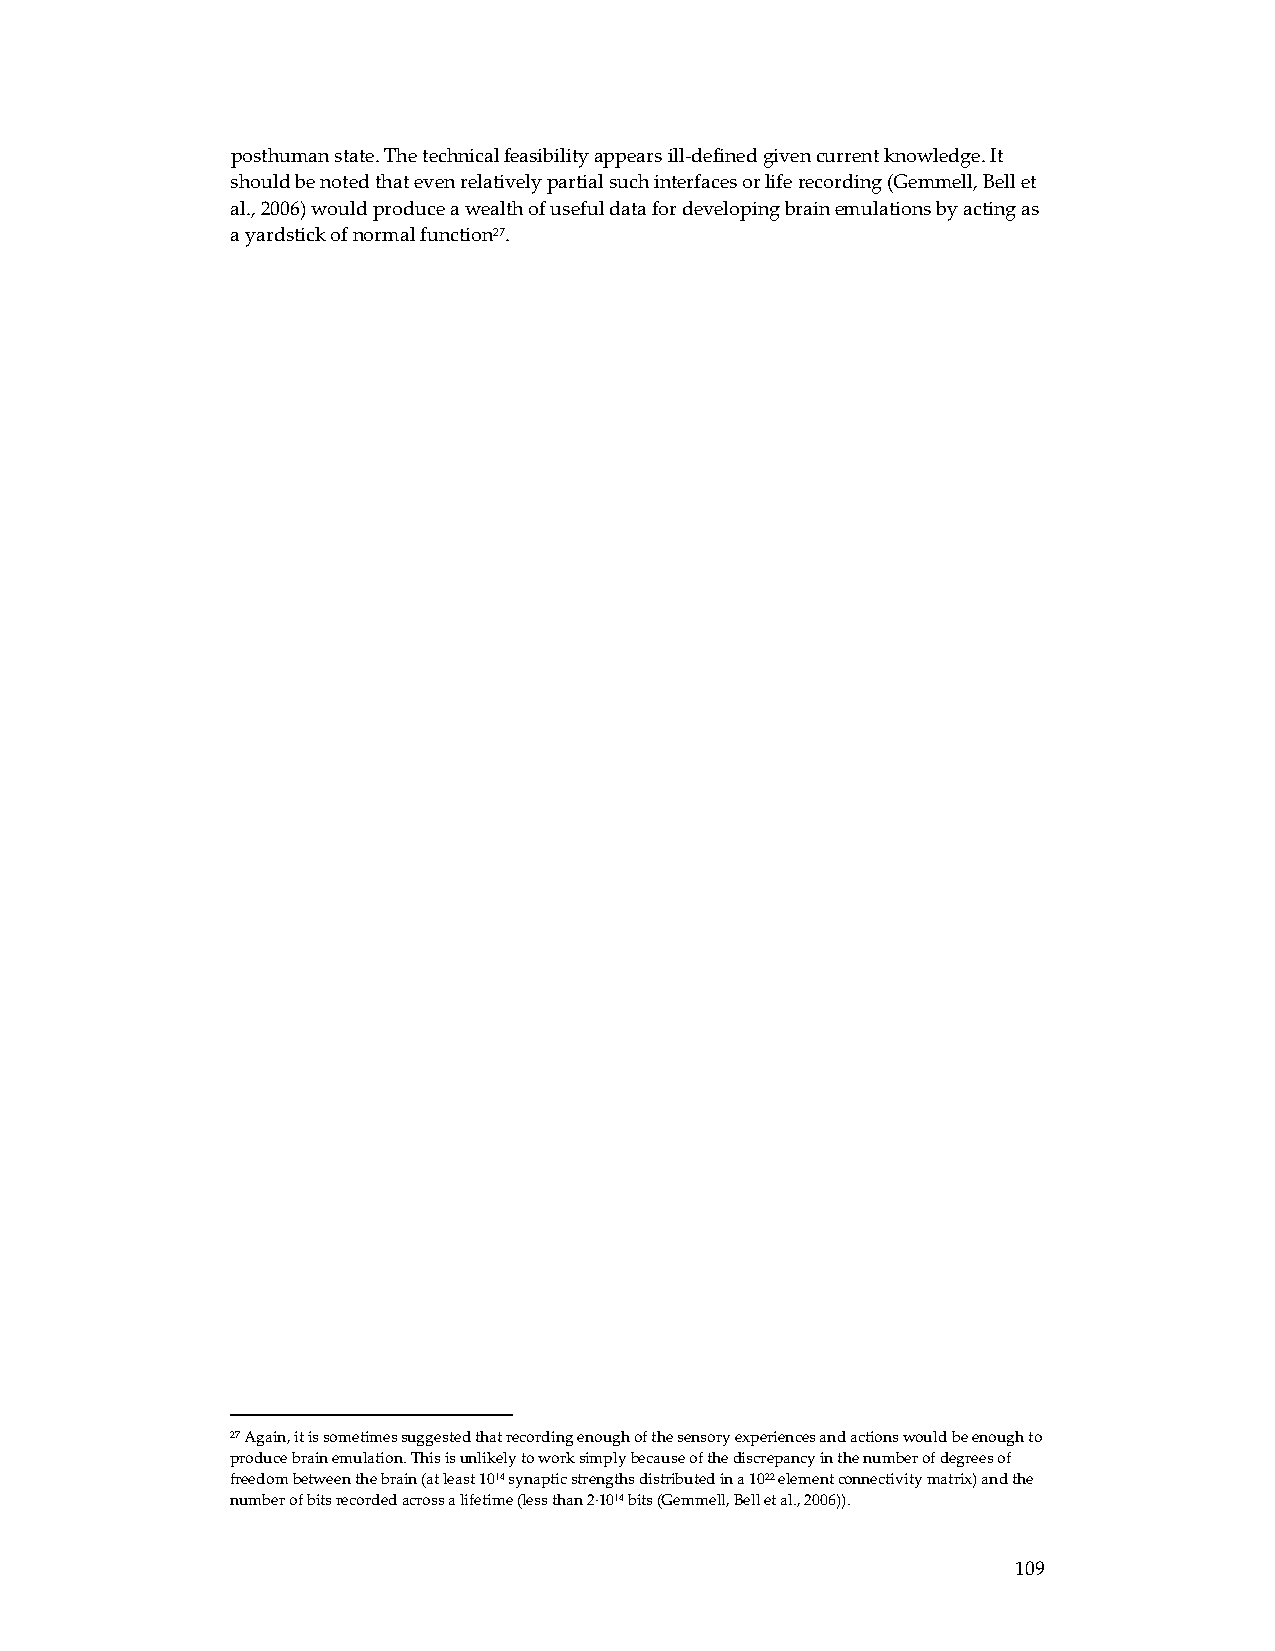
posthuman state. The technical feasibility appears ill‐defined given current knowledge. It
 should be noted that even relatively partial such interfaces or life recording (Gemmell, Bell et
 al., 2006) would produce a wealth of useful data for developing brain emulations by acting as
 a yardstick of normal function27.
 27 Again, it is sometimes suggested that recording enough of the sensory experiences and actions would be enough to
 produce brain emulation. This is unlikely to work simply because of the discrepancy in the number of degrees of
 freedom between the brain (at least 1014 synaptic strengths distributed in a 1022 element connectivity matrix) and the
 number of bits recorded across a lifetime (less than 2∙1014 bits (Gemmell, Bell et al., 2006)).
 109